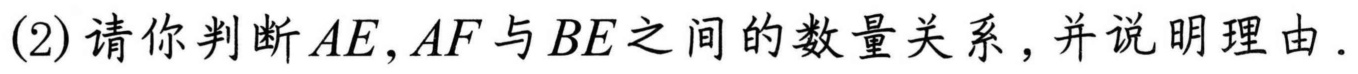
(2)请你判断\(AE,AF\)与\(BE\)之间的数量关系，并说明理由.